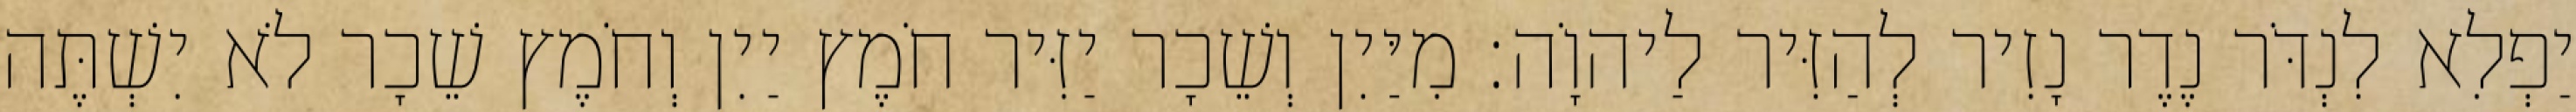
יַפְלִא לִנְדֹּר נֶדֶר נָזִיר לְהַזִּיר לַיהוָֹה׃ מִיַּיִן וְשֵׁכָר יַזִּיר חֹמֶץ יַיִן וְחֹמֶץ שֵׁכָר לֹא יִשְׁתֶּה